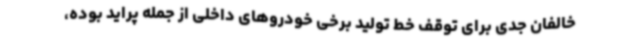
خالفان جدی برای توقف خط تولید برخی خودروهای داخلی از جمله پراید بوده،